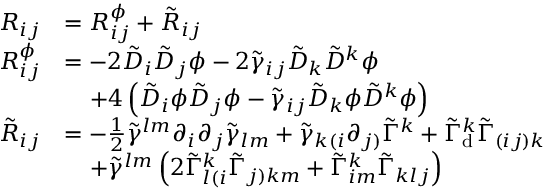
\begin{array} { r l } { R _ { i j } } & { = R _ { i j } ^ { \phi } + \tilde { R } _ { i j } } \\ { R _ { i j } ^ { \phi } } & { = - 2 \tilde { D } _ { i } \tilde { D } _ { j } \phi - 2 \tilde { \gamma } _ { i j } \tilde { D } _ { k } \tilde { D } ^ { k } \phi } \\ & { \; \; \; \; + 4 \left( \tilde { D } _ { i } \phi \tilde { D } _ { j } \phi - \tilde { \gamma } _ { i j } \tilde { D } _ { k } \phi \tilde { D } ^ { k } \phi \right) } \\ { \tilde { R } _ { i j } } & { = - \frac { 1 } { 2 } \tilde { \gamma } ^ { l m } \partial _ { i } \partial _ { j } \tilde { \gamma } _ { l m } + \tilde { \gamma } _ { k ( i } \partial _ { j ) } \tilde { \Gamma } ^ { k } + \tilde { \Gamma } _ { \mathrm { d } } ^ { k } \tilde { \Gamma } _ { ( i j ) k } } \\ & { \; \; \; \; + \tilde { \gamma } ^ { l m } \left( 2 \tilde { \Gamma } _ { l ( i } ^ { k } \tilde { \Gamma } _ { j ) k m } + \tilde { \Gamma } _ { i m } ^ { k } \tilde { \Gamma } _ { k l j } \right) } \end{array}